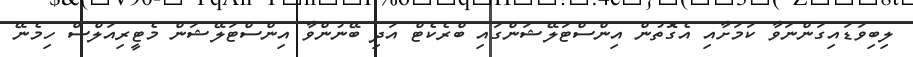
ލިބިވަޑައިގަންނަވާ ކަމަށާއި އެގޮތުން އިންސްޓަލޭޝަންގައި ބްރެކެޓް އަދި ބޭނުންވާ އިންސްޓަލޭޝަން މެޓީރިއަލްސް ހިމެނޭ